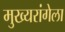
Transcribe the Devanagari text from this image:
मुख्यरांगेला